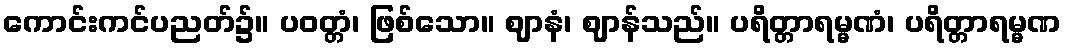
ကောင်းကင်ပညတ်၌။ ပဝတ္တံ၊ ဖြစ်သော။ ဈာနံ၊ ဈာန်သည်။ ပရိတ္တာရမ္မဏံ၊ ပရိတ္တာရမ္မဏ